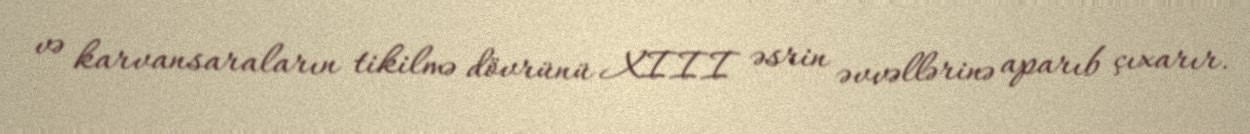
və karvansaraların tikilmə dövrünü XIII əsrin əvvəllərinə aparıb çıxarır.